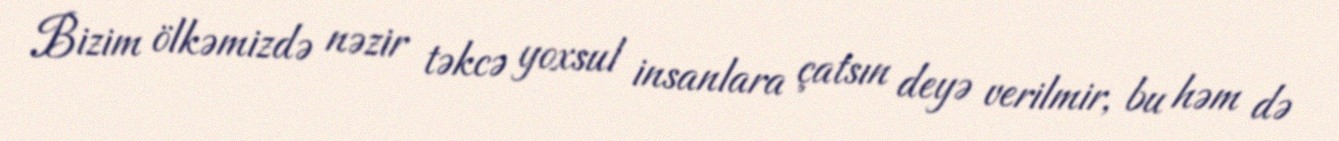
Bizim ölkəmizdə nəzir təkcə yoxsul insanlara çatsın deyə verilmir, bu həm də